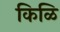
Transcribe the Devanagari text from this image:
किळि